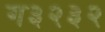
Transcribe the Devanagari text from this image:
ग३२३२